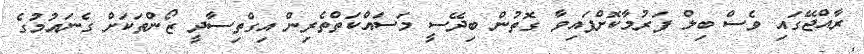
ރާއްޖޭގައި ވެސް ބިލް ފަރުމާކޮށްފައިވާ ގޮތުން ބިދޭސީ މަސައްކަތްތެރިން އިގްތިސާދީ ޒޯންތަކަށް ގެނައުމުގެ